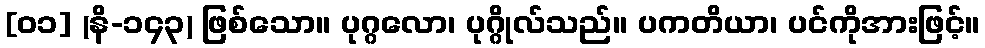
[၀၁] (နိ-၁၄၃) ဖြစ်သော။ ပုဂ္ဂလော၊ ပုဂ္ဂိုလ်သည်။ ပကတိယာ၊ ပင်ကိုအားဖြင့်။